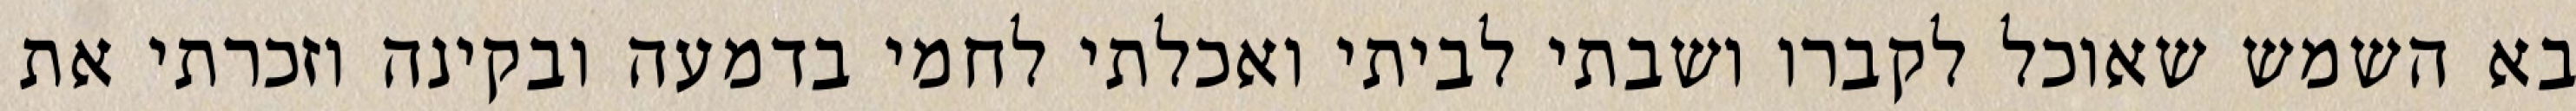
בא השמש שאוכל לקברו ושבתי לביתי ואכלתי לחמי בדמעה ובקינה וזכרתי את